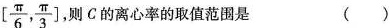
\left[ \frac{ \pi }{6}, \frac{ \pi }{3} \right] 则C的离心率的取值范围是 ()